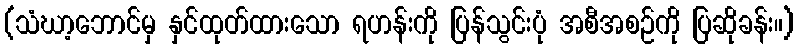
(သံဃာ့ဘောင်မှ နှင်ထုတ်ထားသော ရဟန်းကို ပြန်သွင်းပုံ အစီအစဉ်ကို ပြဆိုခန်း။)